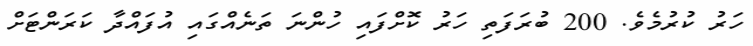
ހަރު ކުރުމެވެ. 200 ބުރަފަތި ހަރު ކޮށްފައި ހުންނަ ތަނެއްގައި އުފައްދާ ކަރަންޓަށް